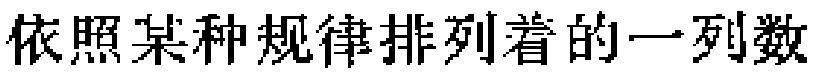
依照某种规律排列着的一列数